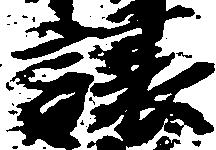
譲